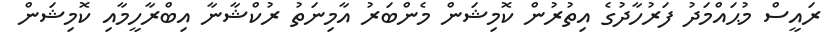
ރައީސް މުޙައްމަދު ފަރުހާދުގެ އިތުރުން ކޮމިޝަން މެންބަރު އާމިނަތު ރުކްޝާނާ އިބްރާހީމާއި ކޮމިޝަން